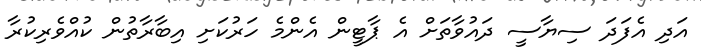
އަދި އެފަދަ ސިޔާސީ ދައުވާތަށް އެ ޕާޓީން އެންމެ ހަރުކަށި އިބާރާތުން ކުއްވެރިކުރާ